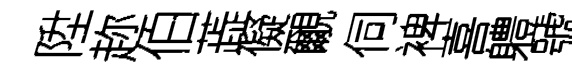
陞趂伯蕋儗覼伺裨喜軆號